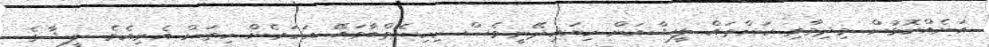
އަނެއްކޮޅުން މިދިމާވި ކަންތައް ލީޝާއަށް ކިޔައިދޭނީވެސް ކިހިނެތްބާވައޭ އަހަރެން ހިތަށް އެރިއެވެ. ލީޝާގެ